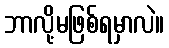
ဘာလို့မဖြစ်ရမှာလဲ။